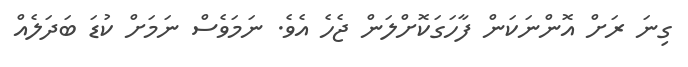
ގިނަ ރަށް އޮންނަކަން ފާހަގަކޮށްލަން ޖެހެ އެވެ. ނަމަވެސް ނަމަށް ކުޑަ ބަދަލެއް